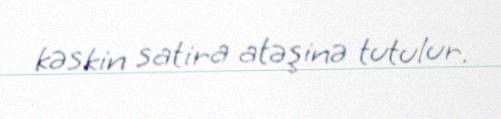
kəskin satira atəşinə tutulur.